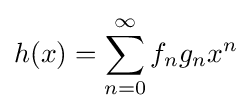
h(x)=\sum _{n=0}^{\infty }f_{n}g_{n}x^{n}